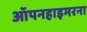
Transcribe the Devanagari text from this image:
ऑपनहाइमरना